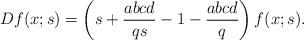
LaTeX: \begin{align*}&D f(x;s)=\left(s+{abcd\over qs}-1-{abcd\over q}\right)f(x;s). \end{align*}